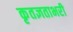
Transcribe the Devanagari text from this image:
कृतज्ञताभरी